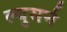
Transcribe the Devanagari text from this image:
ल्युसर्न